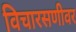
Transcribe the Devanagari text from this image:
विचारसणीवर